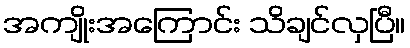
အကျိုးအကြောင်း သိချင်လှပြီ။